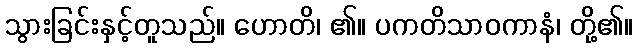
သွားခြင်းနှင့်တူသည်။ ဟောတိ၊ ၏။ ပကတိသာဝကာနံ၊ တို့၏။